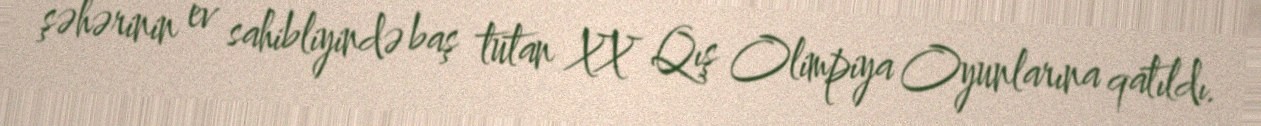
şəhərinin ev sahibliyində baş tutan XX Qış Olimpiya Oyunlarına qatıldı.